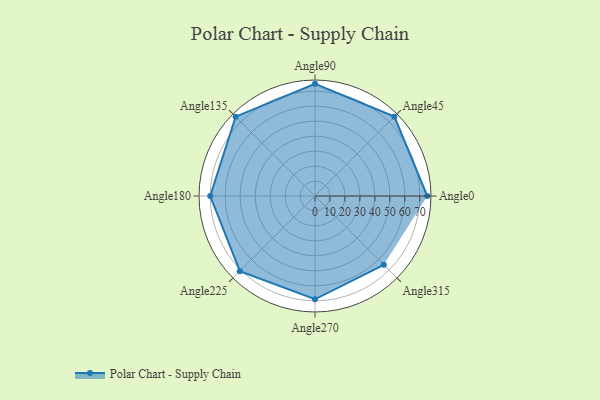
{"axis": {"x": "Angle", "y": "Radius"}, "legend": [""], "data": [{"x": "Angle0", "y": 75.0, "type": ""}, {"x": "Angle45", "y": 75.0, "type": ""}, {"x": "Angle90", "y": 75.0, "type": ""}, {"x": "Angle135", "y": 75.0, "type": ""}, {"x": "Angle180", "y": 70.0, "type": ""}, {"x": "Angle225", "y": 71.0, "type": ""}, {"x": "Angle270", "y": 69.0, "type": ""}, {"x": "Angle315", "y": 65.0, "type": ""}]}